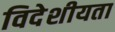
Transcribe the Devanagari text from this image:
विदेशीयता